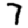
Digit: 7